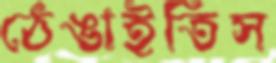
ঠেঙাইতিস